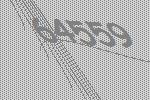
64559